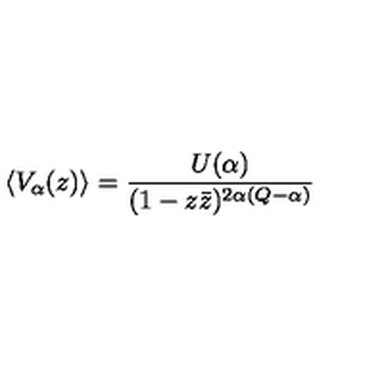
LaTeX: \left\langle V _ { \alpha } ( z ) \right\rangle = \frac { U ( \alpha ) } { ( 1 - z \bar { z } ) ^ { 2 \alpha ( Q - \alpha ) } }